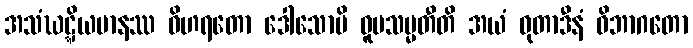
အသံဃဋ္ဋိယမာနဿ ဝိဟရတော ဒေါသောပိ ဝူပသမ္မတီတိ အယံ ဓုတာဒီနံ ဝိဘာဂတော